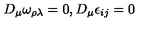
D _ { \mu } \omega _ { \rho \lambda } = 0 , D _ { \mu } \epsilon _ { i j } = 0